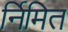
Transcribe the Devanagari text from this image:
र्निमित